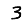
Digit: 3